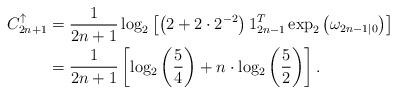
LaTeX: \begin{align*} C^{\uparrow}_{2n+1} &= \frac{1}{2n+1}\log_2 \left[\left(2 + 2\cdot2^{-2}\right) 1^T_{2n-1}\exp_2\left(\omega_{2n-1|0}\right)\right] \\ &= \frac{1}{2n+1}\left[\log_2\left(\frac{5}{4}\right) + n\cdot\log_2\left(\frac{5}{2}\right)\right].\end{align*}